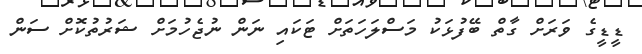
ޑީޑީގެ ވަރަށް ގާތް ބޭފުޅަކު މަސްލަހަތަށް ޓަކައި ނަން ނުޖެހުމަށް ޝަރުތުކޮށް ސަން